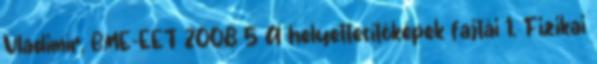
Vladimír, BME-EET 2008 5 A helyettesítőképek fajtái 1. Fizikai